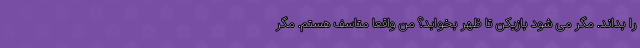
را بداند. مگر می شود بازیکن تا ظهر بخوابد؟ من واقعا متاسف هستم. مگر